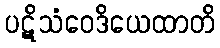
ပဋိသံဝေဒိယေထာတိ